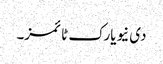
دی نیویارک ٹائمز۔